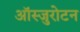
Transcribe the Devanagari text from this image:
ऑस्जुरोटन